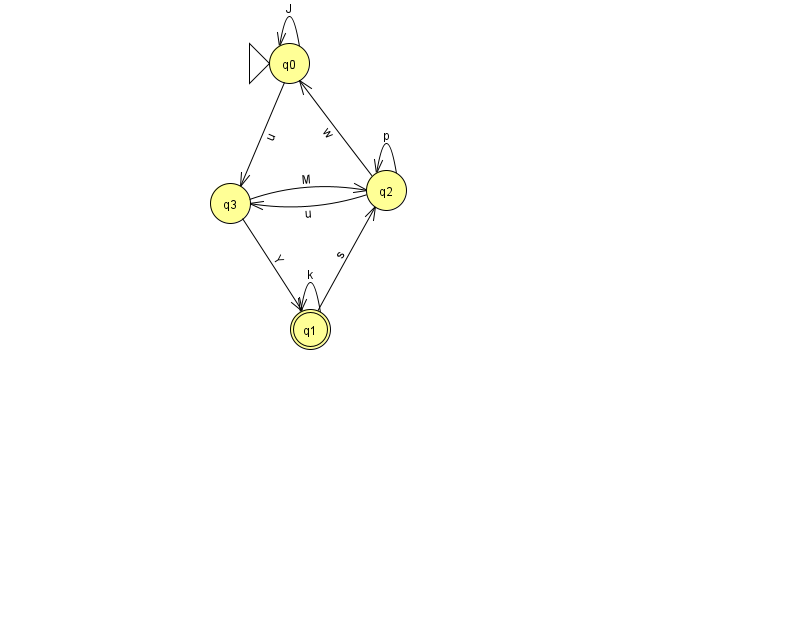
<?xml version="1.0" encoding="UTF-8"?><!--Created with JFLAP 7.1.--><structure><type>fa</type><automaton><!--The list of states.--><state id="0" name="q0"><x>289.0</x><y>50.0</y><initial/></state><state id="1" name="q1"><x>310.0</x><y>316.0</y><final/></state><state id="2" name="q2"><x>386.0</x><y>177.0</y></state><state id="3" name="q3"><x>230.0</x><y>190.0</y></state><!--The list of transitions.--><transition><from>2</from><to>2</to><read>p</read></transition><transition><from>2</from><to>3</to><read>u</read></transition><transition><from>3</from><to>1</to><read>Y</read></transition><transition><from>3</from><to>2</to><read>M</read></transition><transition><from>1</from><to>2</to><read>s</read></transition><transition><from>0</from><to>0</to><read>J</read></transition><transition><from>0</from><to>3</to><read>u</read></transition><transition><from>1</from><to>1</to><read>k</read></transition><transition><from>2</from><to>0</to><read>w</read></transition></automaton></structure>